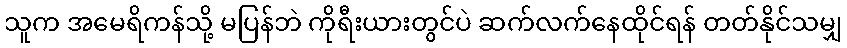
သူက အမေရိကန်သို့ မပြန်ဘဲ ကိုရီးယားတွင်ပဲ ဆက်လက်နေထိုင်ရန် တတ်နိုင်သမျှ